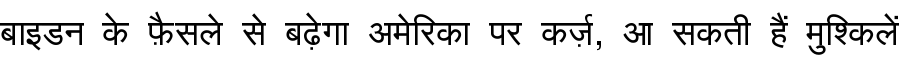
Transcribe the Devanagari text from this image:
बाइडन के फ़ैसले से बढ़ेगा अमेरिका पर कर्ज़, आ सकती हैं मुश्किलें